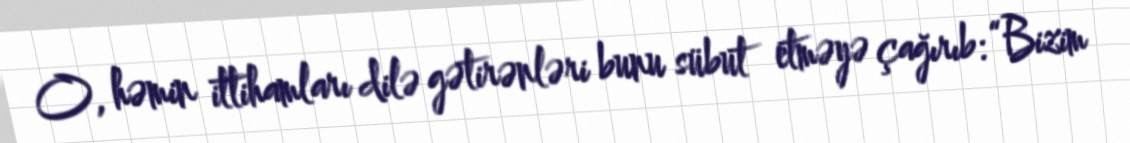
O, həmin ittihamları dilə gətirənləri bunu sübut etməyə çağırıb: “Bizim